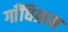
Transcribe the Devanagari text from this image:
गाँधिग्राम